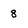
Character: 8